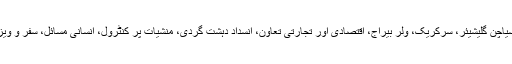
جس میں امن و سلامتی اور اعتماد سازی (فوجی و نیوکلیئر)، جموں و کشمیر، سیاچن گلیشیئر، سرکریک، ولر بیراج، اقتصادی اور تجارتی تعاون، انسداد دہشت گردی، منشیات پر کنٹرول، انسانی مسائل، سفر و ویزا اور عام لوگوں کے روابط، اور مذہبی مقامات کی زیارت سہل بنانا شامل ہیں۔